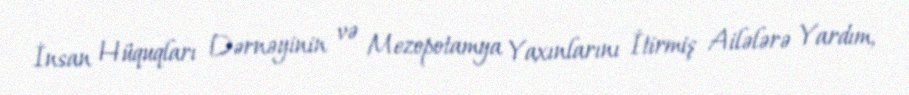
İnsan Hüquqları Dərnəyinin və Mezopotamya Yaxınlarını İtirmiş Ailələrə Yardım,